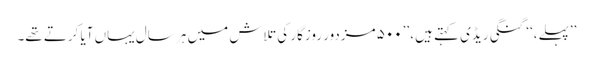
’’پہلے،‘‘ گنگی ریڈی کہتے ہیں، ’’۵۰۰ مزدور روزگار کی تلاش میں ہر سال یہاں آیا کرتے تھے۔